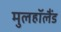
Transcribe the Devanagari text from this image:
मुलहॉलैंड